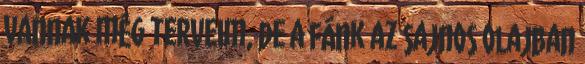
vannak még terveim, de a fánk az sajnos olajban